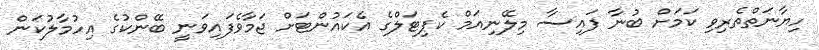
ހިޔާނަތްތެރިވި ކަމަށް ބުނާ ފައިސާ މިލޭނިއަމް ކެޕިޓަލްގެ އެކައުންޓަށް ޖަމާވެފައިވަނީ ބޭންކުގެ އިހުމާލުކަން